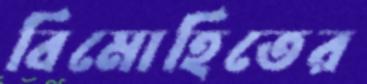
বিমোহিতের